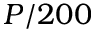
P / 2 0 0